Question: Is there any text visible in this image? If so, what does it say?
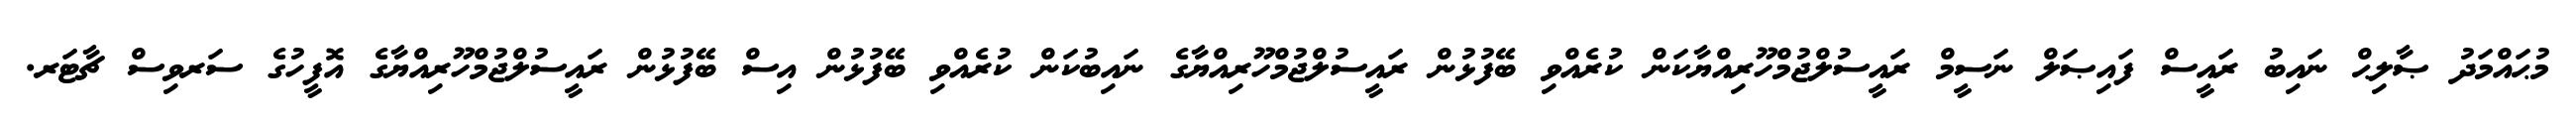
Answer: މުޙައްމަދު ޞާލިޙް ނައިބު ރައީސް ފައިޞަލް ނަސީމް ރައީސުލްޖުމްހޫރިއްޔާކަން ކުރެއްވި ބޭފުޅުން ރައީސުލްޖުމްހޫރިއްޔާގެ ނައިބުކަން ކުރެއްވި ބޭފުޅުން އިސް ބޭފުޅުން ރައީސުލްޖުމްހޫރިއްޔާގެ އޮފީހުގެ ސަރވިސް ޗާޓަރ.